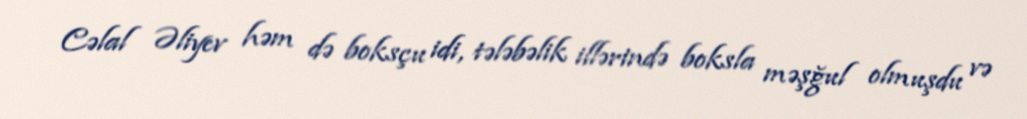
Cəlal Əliyev həm də boksçu idi, tələbəlik illərində boksla məşğul olmuşdu və